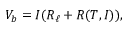
V _ { b } = I ( R _ { \ell } + R ( T , I ) ) ,